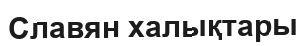
Славян халықтары